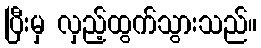
ပြီးမှ လှည့်ထွက်သွားသည်။